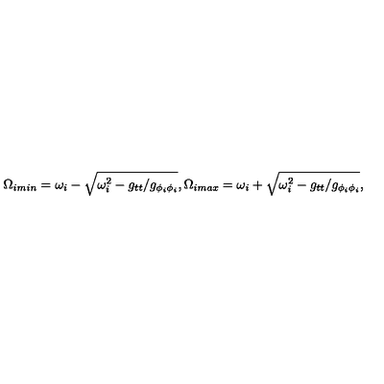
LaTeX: \Omega _ { i m i n } = \omega _ { i } - \sqrt { \omega _ { i } ^ { 2 } - g _ { t t } / g _ { \phi _ { i } \phi _ { i } } } , \Omega _ { i m a x } = \omega _ { i } + \sqrt { \omega _ { i } ^ { 2 } - g _ { t t } / g _ { \phi _ { i } \phi _ { i } } } ,